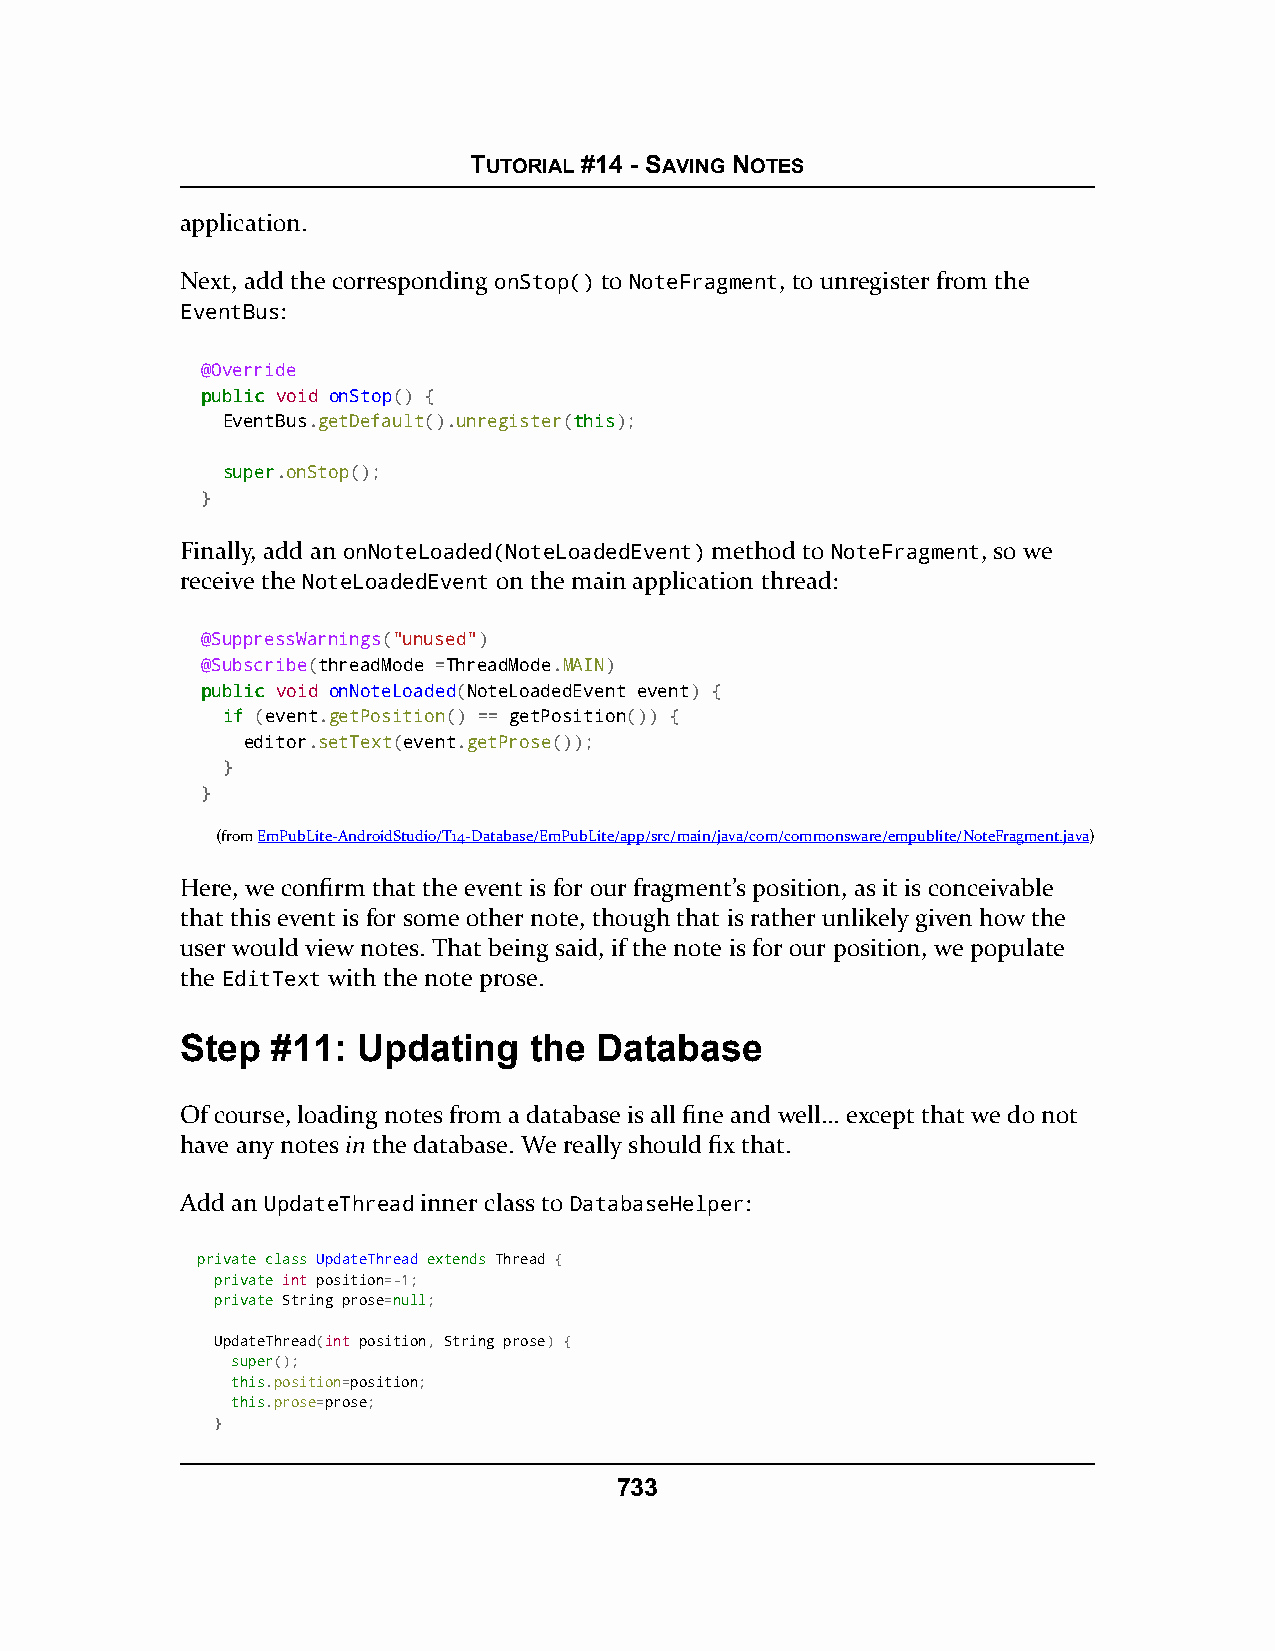
TUTORIAL #14 - SAVING NOTES
 application.
 Next, add the corresponding onStop() to NoteFragment, to unregister from the
 EventBus:
 @Override
 ppuubblliicc void onStop() {
 EventBus.getDefault().unregister(tthhiiss);
 ssuuppeerr.onStop();
 }
 Finally, add an onNoteLoaded(NoteLoadedEvent) method to NoteFragment, so we
 receive the NoteLoadedEvent on the main application thread:
 @SuppressWarnings("unused")
 @Subscribe(threadMode =ThreadMode.MAIN)
 ppuubblliicc void onNoteLoaded(NoteLoadedEvent event) {
 iiff (event.getPosition() == getPosition()) {
 editor.setText(event.getProse());
 }
 }
 (fromEmPubLite-AndroidStudio/T14-Database/EmPubLite/app/src/main/java/com/commonsware/empublite/NoteFragment.java)
 Here, we confirm that the event is for our fragment’s position, as it is conceivable
 that this event is for some other note, though that is rather unlikely given how the
 user would view notes. That being said, if the note is for our position, we populate
 the EditText with the note prose.
 Step  #11:  Updating   the  Database
 Of course, loading notes from a database is all fine and well… except that we do not
 have any notes in the database. We really should fix that.
 Add an UpdateThread inner class to DatabaseHelper:
 pprriivvaattee ccllaassss UUppddaatteeTThhrreeaadd eexxtteennddss Thread {
 pprriivvaattee int position=-1;
 pprriivvaattee String prose=nnuullll;
 UpdateThread(int position, String prose) {
 ssuuppeerr();
 tthhiiss.position=position;
 tthhiiss.prose=prose;
 }
 733